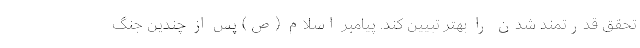
تحقق قدرتمند شدن را بهتر تبیین کند. پیامبر اسلام (ص) پس از چندین جنگ